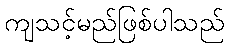
ကျသင့်မည်ဖြစ်ပါသည်